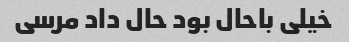
خیلی باحال بود حال داد مرسی